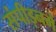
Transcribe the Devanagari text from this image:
संपीड़नमें